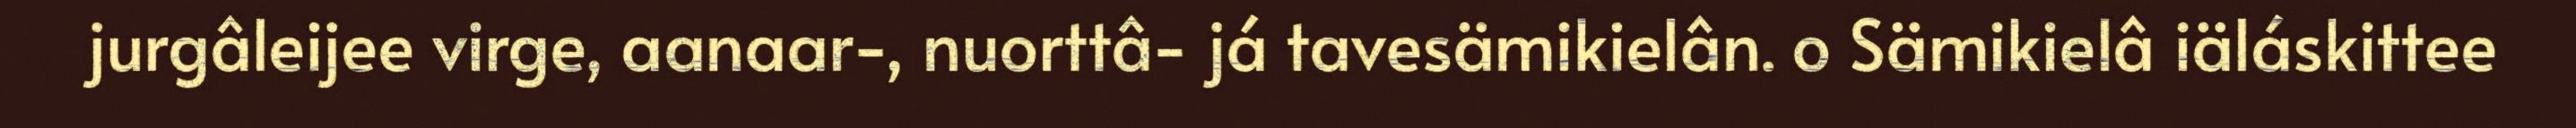
jurgâleijee virge, aanaar-, nuorttâ- já tavesämikielân. o Sämikielâ iäláskittee